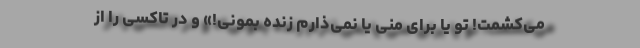
می‌کُشمت! تو یا برای منی یا نمی‌ذارم زنده بمونی!» و درِ تاکسی را از